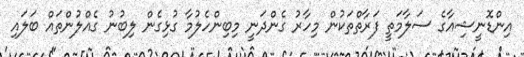
އިންޑޮނީޝިއާގެ ސަލާމަތީ ފަރާތްތަކުން މިހާރު ގެންދަނީ މިބިންހެލުމާ ގުޅިގެން ލިބުނު ގެއްލުންތައް ބަލައި